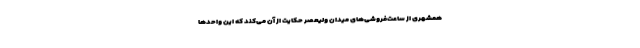
همشهری از ساعت‌فروشی‌های میدان ولیعصر حکایت از آن می‌کند که این واحدها